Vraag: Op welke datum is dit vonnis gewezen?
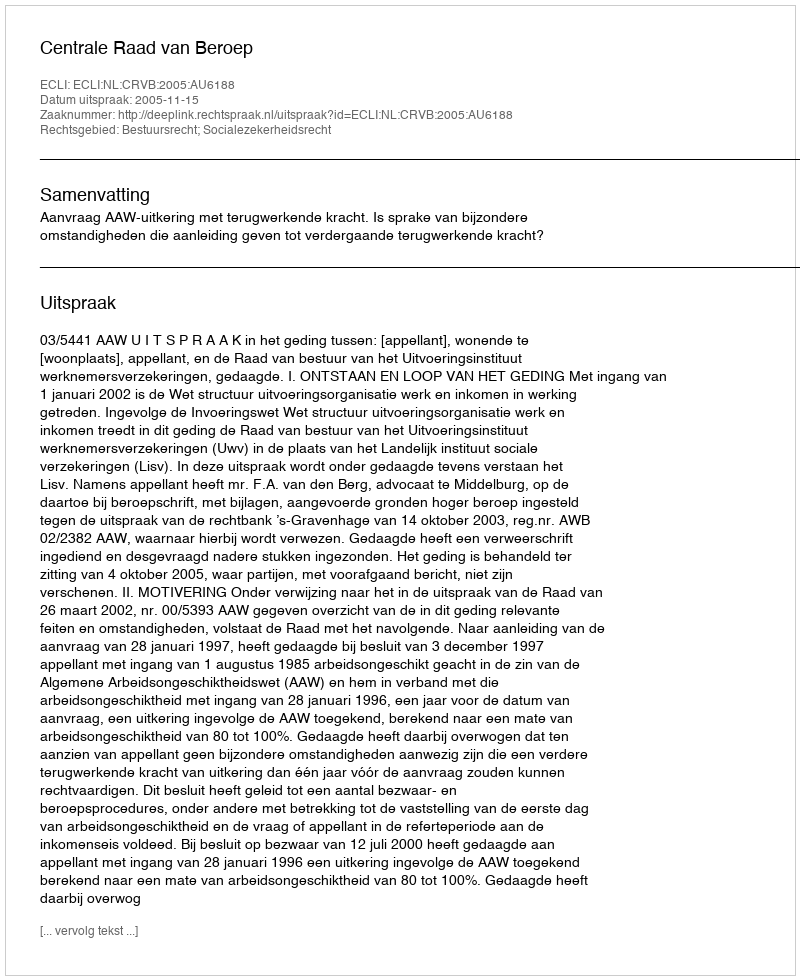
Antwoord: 2005-11-15